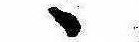
ゝ